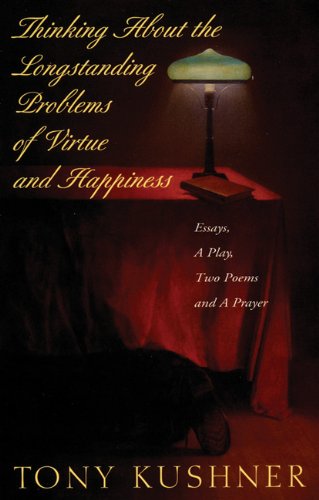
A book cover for Thinking About the Longstanding Problems of Virtue: Essays, A Play, Two Poems and a Prayer; Tony Kushner; Literature & Fiction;